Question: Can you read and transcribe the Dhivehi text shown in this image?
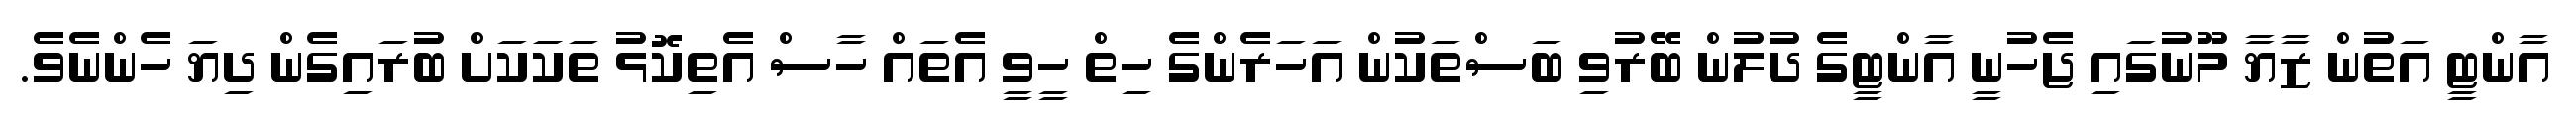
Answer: އާންޓީ އަތުން ޒާޔާ މޫނުގައި ޖެހުނީ އާންޓީގެ ދުލުން ބޭރުވި ބަސްތަކުން އަހަރެންގެ ހިތް ހީވީ އެތައް ހާސް އެތިކޮޅު ތަކަަކަށް ބުރައިގެން ދިޔަ ހެންނެވެ.